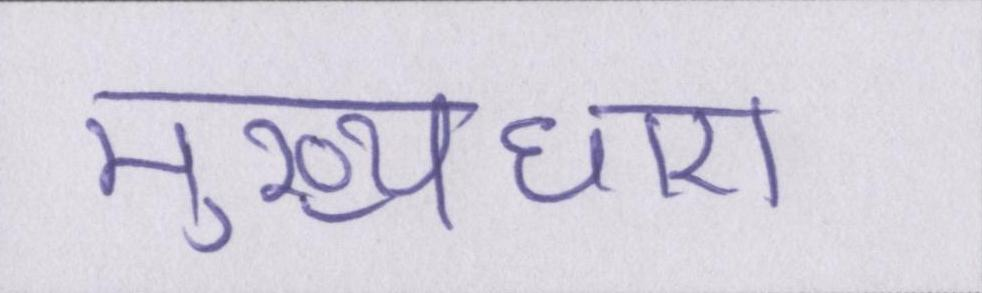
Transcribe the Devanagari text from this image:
मुख्यधारा